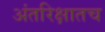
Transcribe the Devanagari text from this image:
अंतरिक्षातच